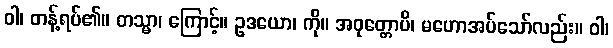
ဝါ၊ တန့်ရပ်၏။ တသ္မာ၊ ကြောင့်။ ဥဒယော၊ ကို။ အဝုတ္တောပိ၊ မဟောအပ်သော်လည်း။ ဝါ၊